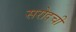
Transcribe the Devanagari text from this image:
सरोदची